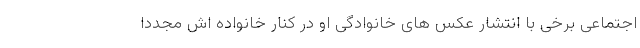
اجتماعی برخی با انتشار عکس های خانوادگی او در کنار خانواده اش مجددا